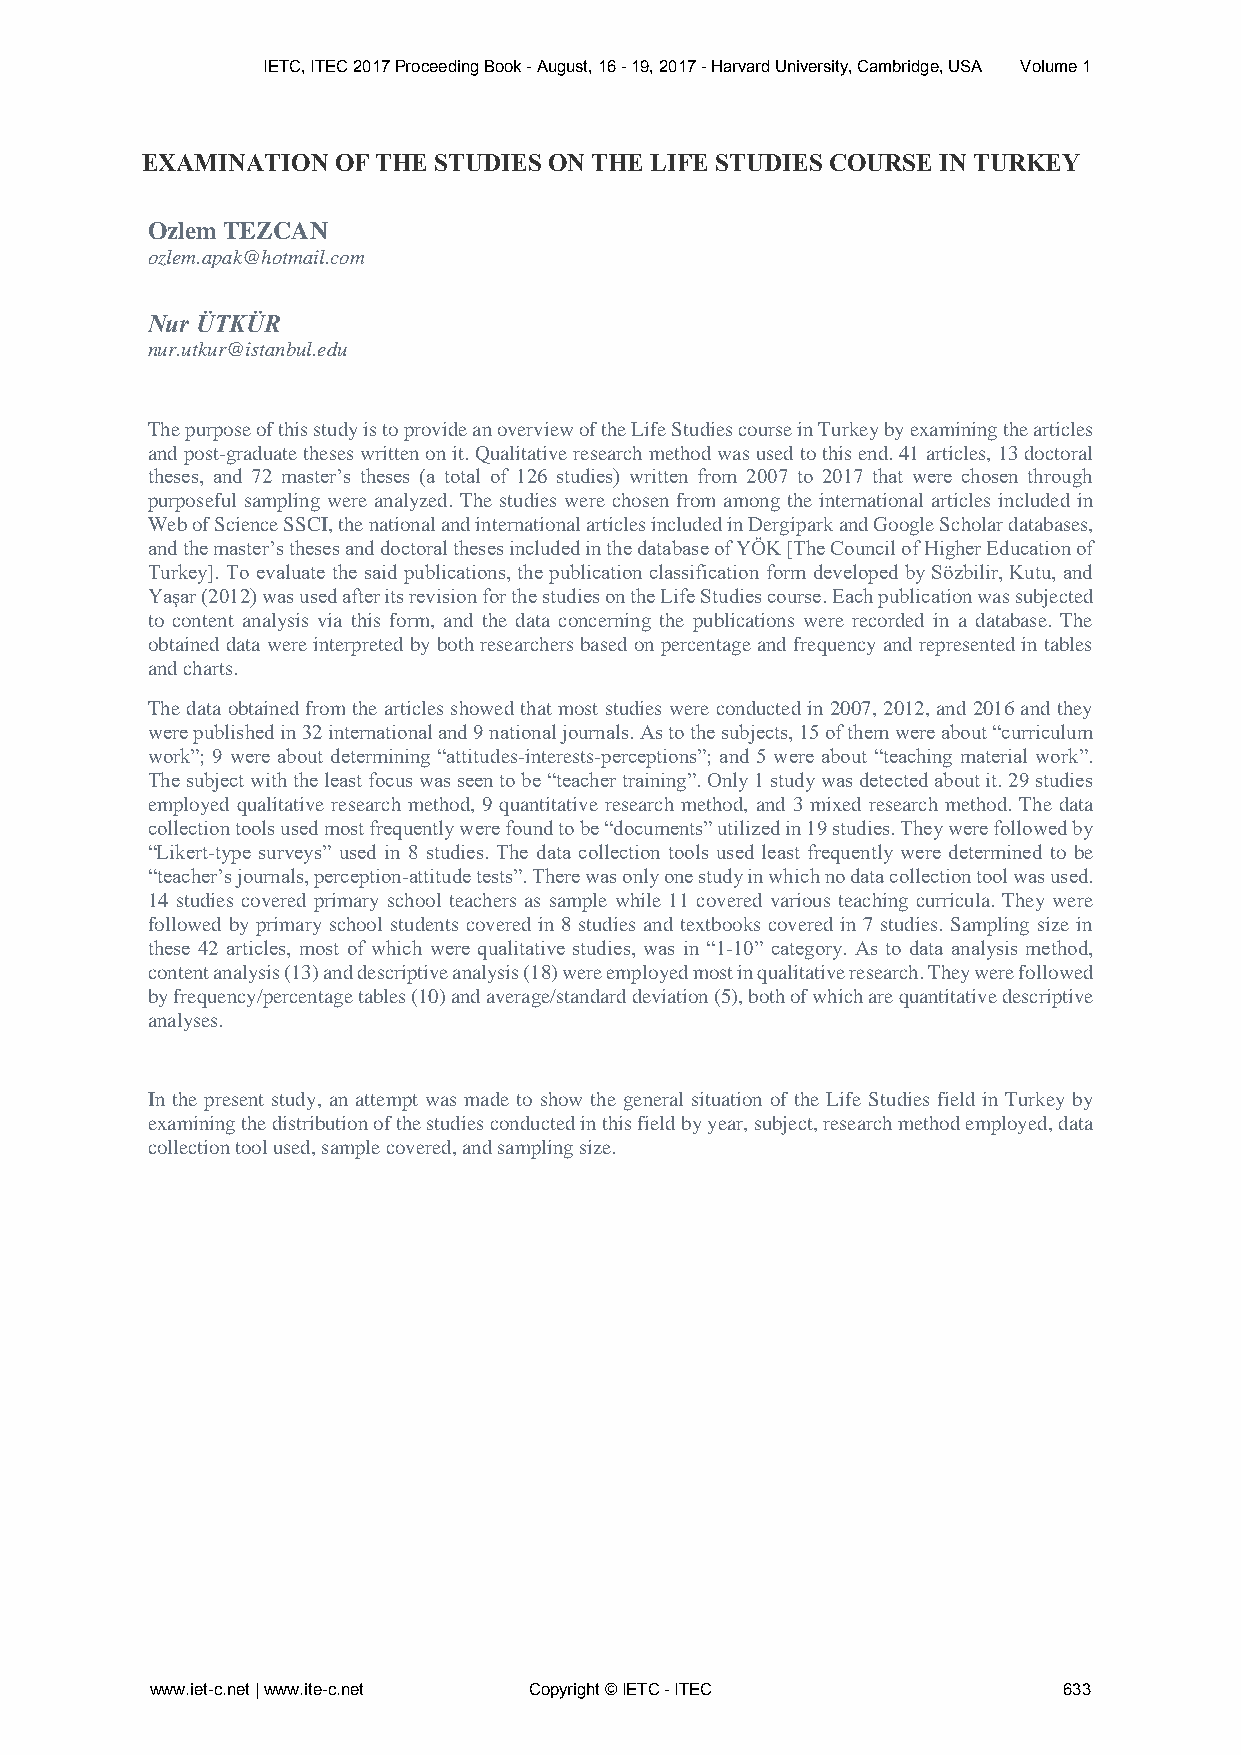
IETC, ITEC 2017 Proceeding Book - August, 16 - 19, 2017 - Harvard University, Cambridge, USA Volume 1
 EXAMINATION  OF THE STUDIES ON THE LIFE STUDIES COURSE IN TURKEY
 Ozlem TEZCAN
 ozlem.apak@hotmail.com
 Nur ÜTKÜR
 nur.utkur@istanbul.edu
 The purpose of this study is to provide an overview of the Life Studies course in Turkey by examining the articles
 and post-graduate theses written on it. Qualitative research method was used to this end. 41 articles, 13 doctoral
 theses, and 72 master’s theses (a total of 126 studies) written from 2007 to 2017 that were chosen through
 purposeful sampling were analyzed. The studies were chosen from among the international articles included in
 Web of Science SSCI, the national and international articles included in Dergipark and Google Scholar databases,
 and the master’s theses and doctoral theses included in the database of YÖK [The Council of Higher Education of
 Turkey]. To evaluate the said publications, the publication classification form developed by Sözbilir, Kutu, and
 Yaşar (2012) was used after its revision for the studies on the Life Studies course. Each publication was subjected
 to content analysis via this form, and the data concerning the publications were recorded in a database. The
 obtained data were interpreted by both researchers based on percentage and frequency and represented in tables
 and charts.
 The data obtained from the articles showed that most studies were conducted in 2007, 2012, and 2016 and they
 were published in 32 international and 9 national journals. As to the subjects, 15 of them were about “curriculum
 work”; 9 were about determining “attitudes-interests-perceptions”; and 5 were about “teaching material work”.
 The subject with the least focus was seen to be “teacher training”. Only 1 study was detected about it. 29 studies
 employed qualitative research method, 9 quantitative research method, and 3 mixed research method. The data
 collection tools used most frequently were found to be “documents” utilized in 19 studies. They were followed by
 “Likert-type surveys” used in 8 studies. The data collection tools used least frequently were determined to be
 “teacher’s journals, perception-attitude tests”. There was only one study in which no data collection tool was used.
 14 studies covered primary school teachers as sample while 11 covered various teaching curricula. They were
 followed by primary school students covered in 8 studies and textbooks covered in 7 studies. Sampling size in
 these 42 articles, most of which were qualitative studies, was in “1-10” category. As to data analysis method,
 content analysis (13) and descriptive analysis (18) were employed most in qualitative research. They were followed
 by frequency/percentage tables (10) and average/standard deviation (5), both of which are quantitative descriptive
 analyses.
 In the present study, an attempt was made to show the general situation of the Life Studies field in Turkey by
 examining the distribution of the studies conducted in this field by year, subject, research method employed, data
 collection tool used, sample covered, and sampling size.
 www.iet-c.net | www.ite-c.net Copyright © IETC - ITEC       633